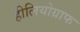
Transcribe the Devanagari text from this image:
हीलियोग्राफ